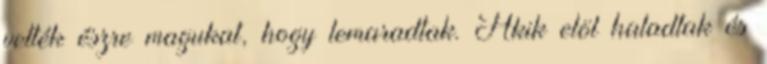
vették észre magukat, hogy lemaradtak. Akik elöl haladtak és